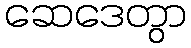
ဆေဒေတွာ